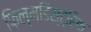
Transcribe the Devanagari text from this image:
फ़िल्मडिस्ट्रिक